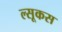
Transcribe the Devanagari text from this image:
ल्सूकस